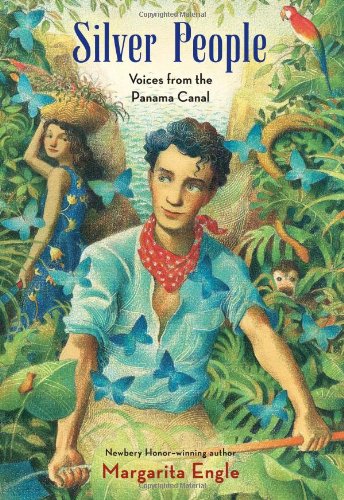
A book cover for Silver People: Voices from the Panama Canal; Margarita Engle; Teen & Young Adult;